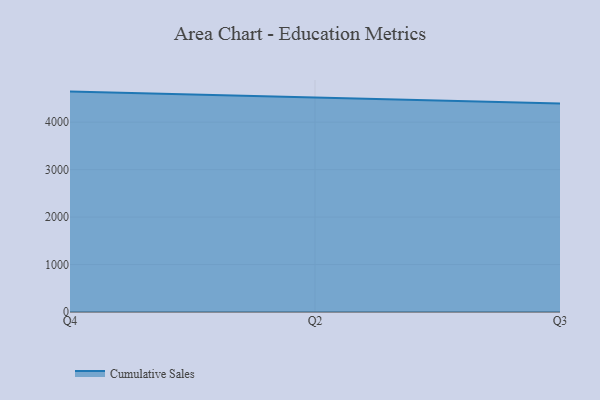
{"axis": {"x": "Quarter", "y": "Active Users"}, "legend": ["Cumulative Sales"], "data": [{"x": "Q4", "y": 4643.6, "type": "Cumulative Sales"}, {"x": "Q2", "y": 4515.6, "type": "Cumulative Sales"}, {"x": "Q3", "y": 4391.3, "type": "Cumulative Sales"}]}